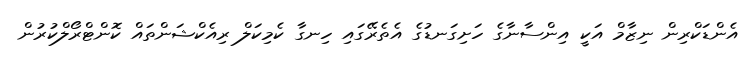
އެންޑަކްރިން ނިޒާމް އަކީ އިންސާނާގެ ހަށިގަނޑުގެ އެތެރޭގައި ހިނގާ ކެމިކަލް ރިއެކްޝަންތައް ކޮންޓްރޯލްކުރުން